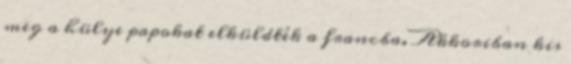
meg a hülye papokat elküldték a francba. Akkoriban kis